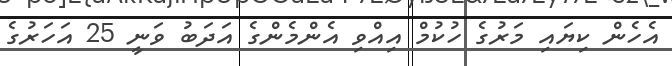
އެހެން ކިޔައި މަރުގެ ހުކުމް އިއްވި އެންމެންގެ އަދަބު ވަނީ 25 އަހަރުގެ